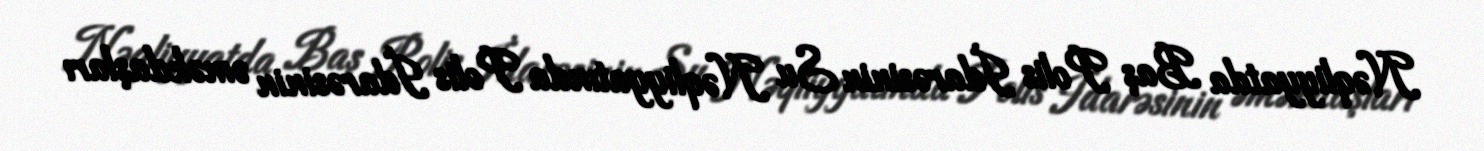
Nəqliyyatda Baş Polis İdarəsinin Su Nəqliyyatında Polis İdarəsinin əməkdaşları